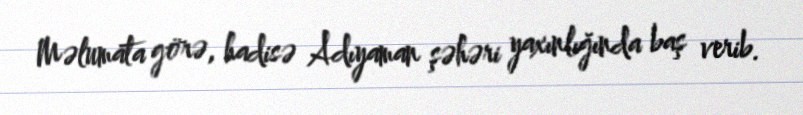
Məlumata görə, hadisə Adıyaman şəhəri yaxınlığında baş verib.